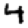
Digit: 4